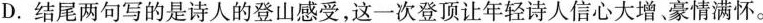
D.结尾两句写的是诗人的登山感受，这一次登顶让年轻诗人信心大增。豪情满怀。